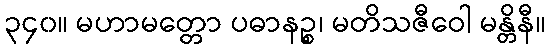
၃၄၀။ မဟာမတ္တော ပဓာနဉ္စ၊ မတိသဇီဝေါ မန္တိနီ။